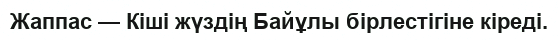
Жаппас — Кіші жүздің Байұлы бірлестігіне кіреді.